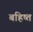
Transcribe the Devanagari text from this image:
बहिष्त